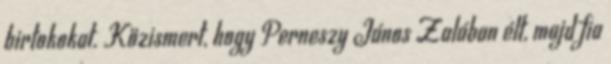
birtokokat. Közismert, hogy Perneszy János Zalában élt, majd fia